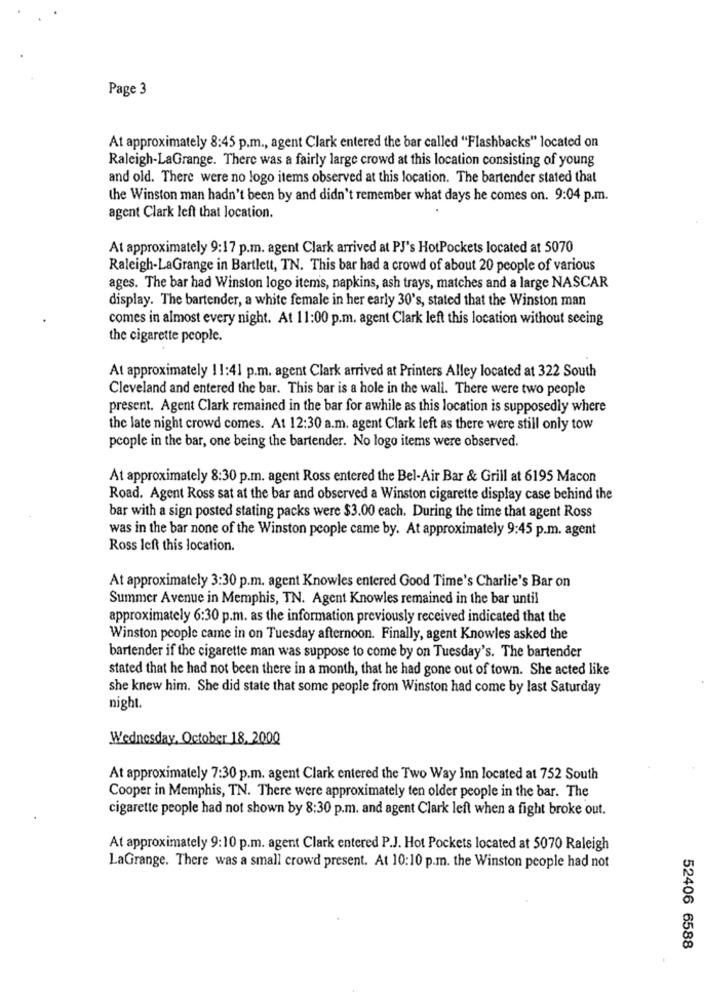
Page 3
At approximately 8:45 p.m ., agent Clark entered the bar called "Flashbacks" located on
Raleigh-LaGrange. There was a fairly large crowd at this location consisting of young
and old. There were no logo items observed at this location. The bartender stated that
the Winston man hadn't been by and didn't remember what days he comes on. 9:04 p.m.
agent Clark left that location.
At approximately 9:17 p.m. agent Clark arrived at PJ's HotPockets located at 5070
Raleigh-LaGrange in Bartlett, TN. This bar had a crowd of about 20 people of various
ages. The bar had Winston logo items, napkins, ash trays, matches and a large NASCAR
display. The bartender, a white female in her early 30's, stated that the Winston man
comes in almost every night. At 11:00 p.m. agent Clark left this location without seeing
the cigarette people.
At approximately 11:41 p.m. agent Clark arrived at Printers Alley located at 322 South
Cleveland and entered the bar. This bar is a hole in the wall. There were two people
present. Agent Clark remained in the bar for awhile as this location is supposedly where
the late night crowd comes. At 12:30 a.m. agent Clark left as there were still only tow
people in the bar, one being the bartender. No logo items were observed.
At approximately 8:30 p.m. agent Ross entered the Bel-Air Bar & Grill at 6195 Macon
Road. Agent Ross sat at the bar and observed a Winston cigarette display case behind the
bar with a sign posted stating packs were $3.00 each. During the time that agent Ross
was in the bar none of the Winston people came by. At approximately 9:45 p.m. agent
Ross left this location.
At approximately 3:30 p.m. agent Knowles entered Good Time's Charlie's Bar on
Summer Avenue in Memphis, TN. Agent Knowles remained in the bar until
approximately 6:30 p.m. as the information previously received indicated that the
Winston people came in on Tuesday afternoon. Finally, agent Knowles asked the
bartender if the cigarette man was suppose to come by on Tuesday's. The bartender
stated that he had not been there in a month, that he had gone out of town. She acted like
she knew him. She did state that some people from Winston had come by last Saturday
night.
Wednesday, October 18, 2000
At approximately 7:30 p.m. agent Clark entered the Two Way Inn located at 752 South
Cooper in Memphis, TN. There were approximately ten older people in the bar. The
cigarette people had not shown by 8:30 p.m. and agent Clark left when a fight broke out.
At approximately 9:10 p.m. agent Clark entered P.J. Hot Pockets located at 5070 Raleigh
LaGrange. There was a small crowd present. At 10:10 p.m. the Winston people had not
52406 6588